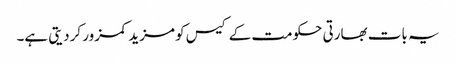
یہ بات بھارتی حکومت کے کیس کو مزید کمزور کردیتی ہے۔